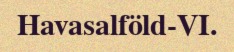
Havasalföld-VI.